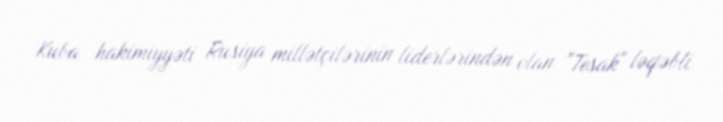
Kuba hakimiyyəti Rusiya millətçilərinin liderlərindən olan "Tesak" ləqəbli